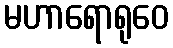
မဟာရောရုဝေ